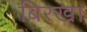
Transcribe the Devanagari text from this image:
बिरखा